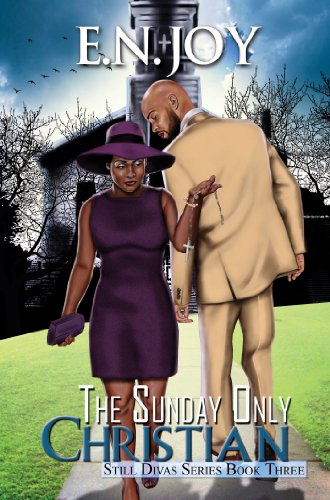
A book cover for The Sunday Only Christian (Still Divas); E.N. Joy; Literature & Fiction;